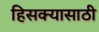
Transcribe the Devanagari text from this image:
हिसक्यासाठी